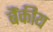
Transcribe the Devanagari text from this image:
बैंकीय